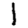
Digit: 1